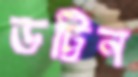
ডট্টিন